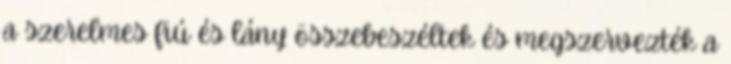
a szerelmes fiú és lány összebeszéltek és megszervezték a